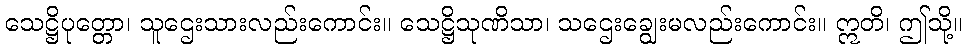
သေဋ္ဌိပုတ္တော၊ သူဌေးသားလည်းကောင်း။ သေဋ္ဌိသုဏိသာ၊ သဌေးချွေးမလည်းကောင်း။ ဣတိ၊ ဤသို့။